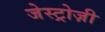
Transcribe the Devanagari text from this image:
जेस्ट्रोज़ी